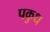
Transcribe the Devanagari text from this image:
पकुध